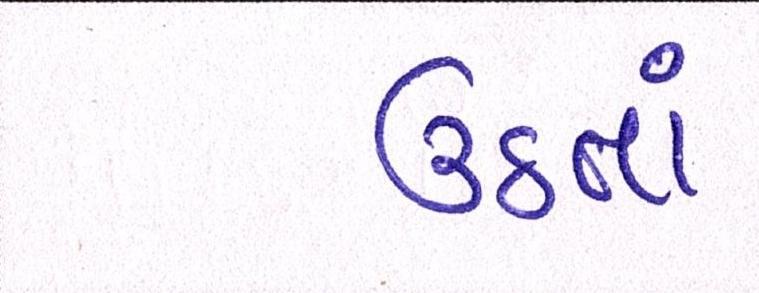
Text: ઉઠતાં